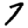
Digit: 7